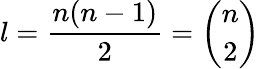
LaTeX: l={\frac{n(n-1)}{2}}={\binom{n}{2}}